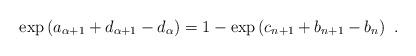
LaTeX: \begin{align*}\exp \left( a_{\alpha+1} + d_{\alpha+1} - d_\alpha \right) = 1 - \exp \left( c_{n+1} + b_{n+1} - b_n \right) \ .\end{align*}